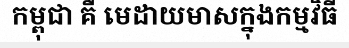
កម្ពុជា គឺ មេដាយមាសក្នុងកម្មវិធី